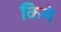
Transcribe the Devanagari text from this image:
किमे